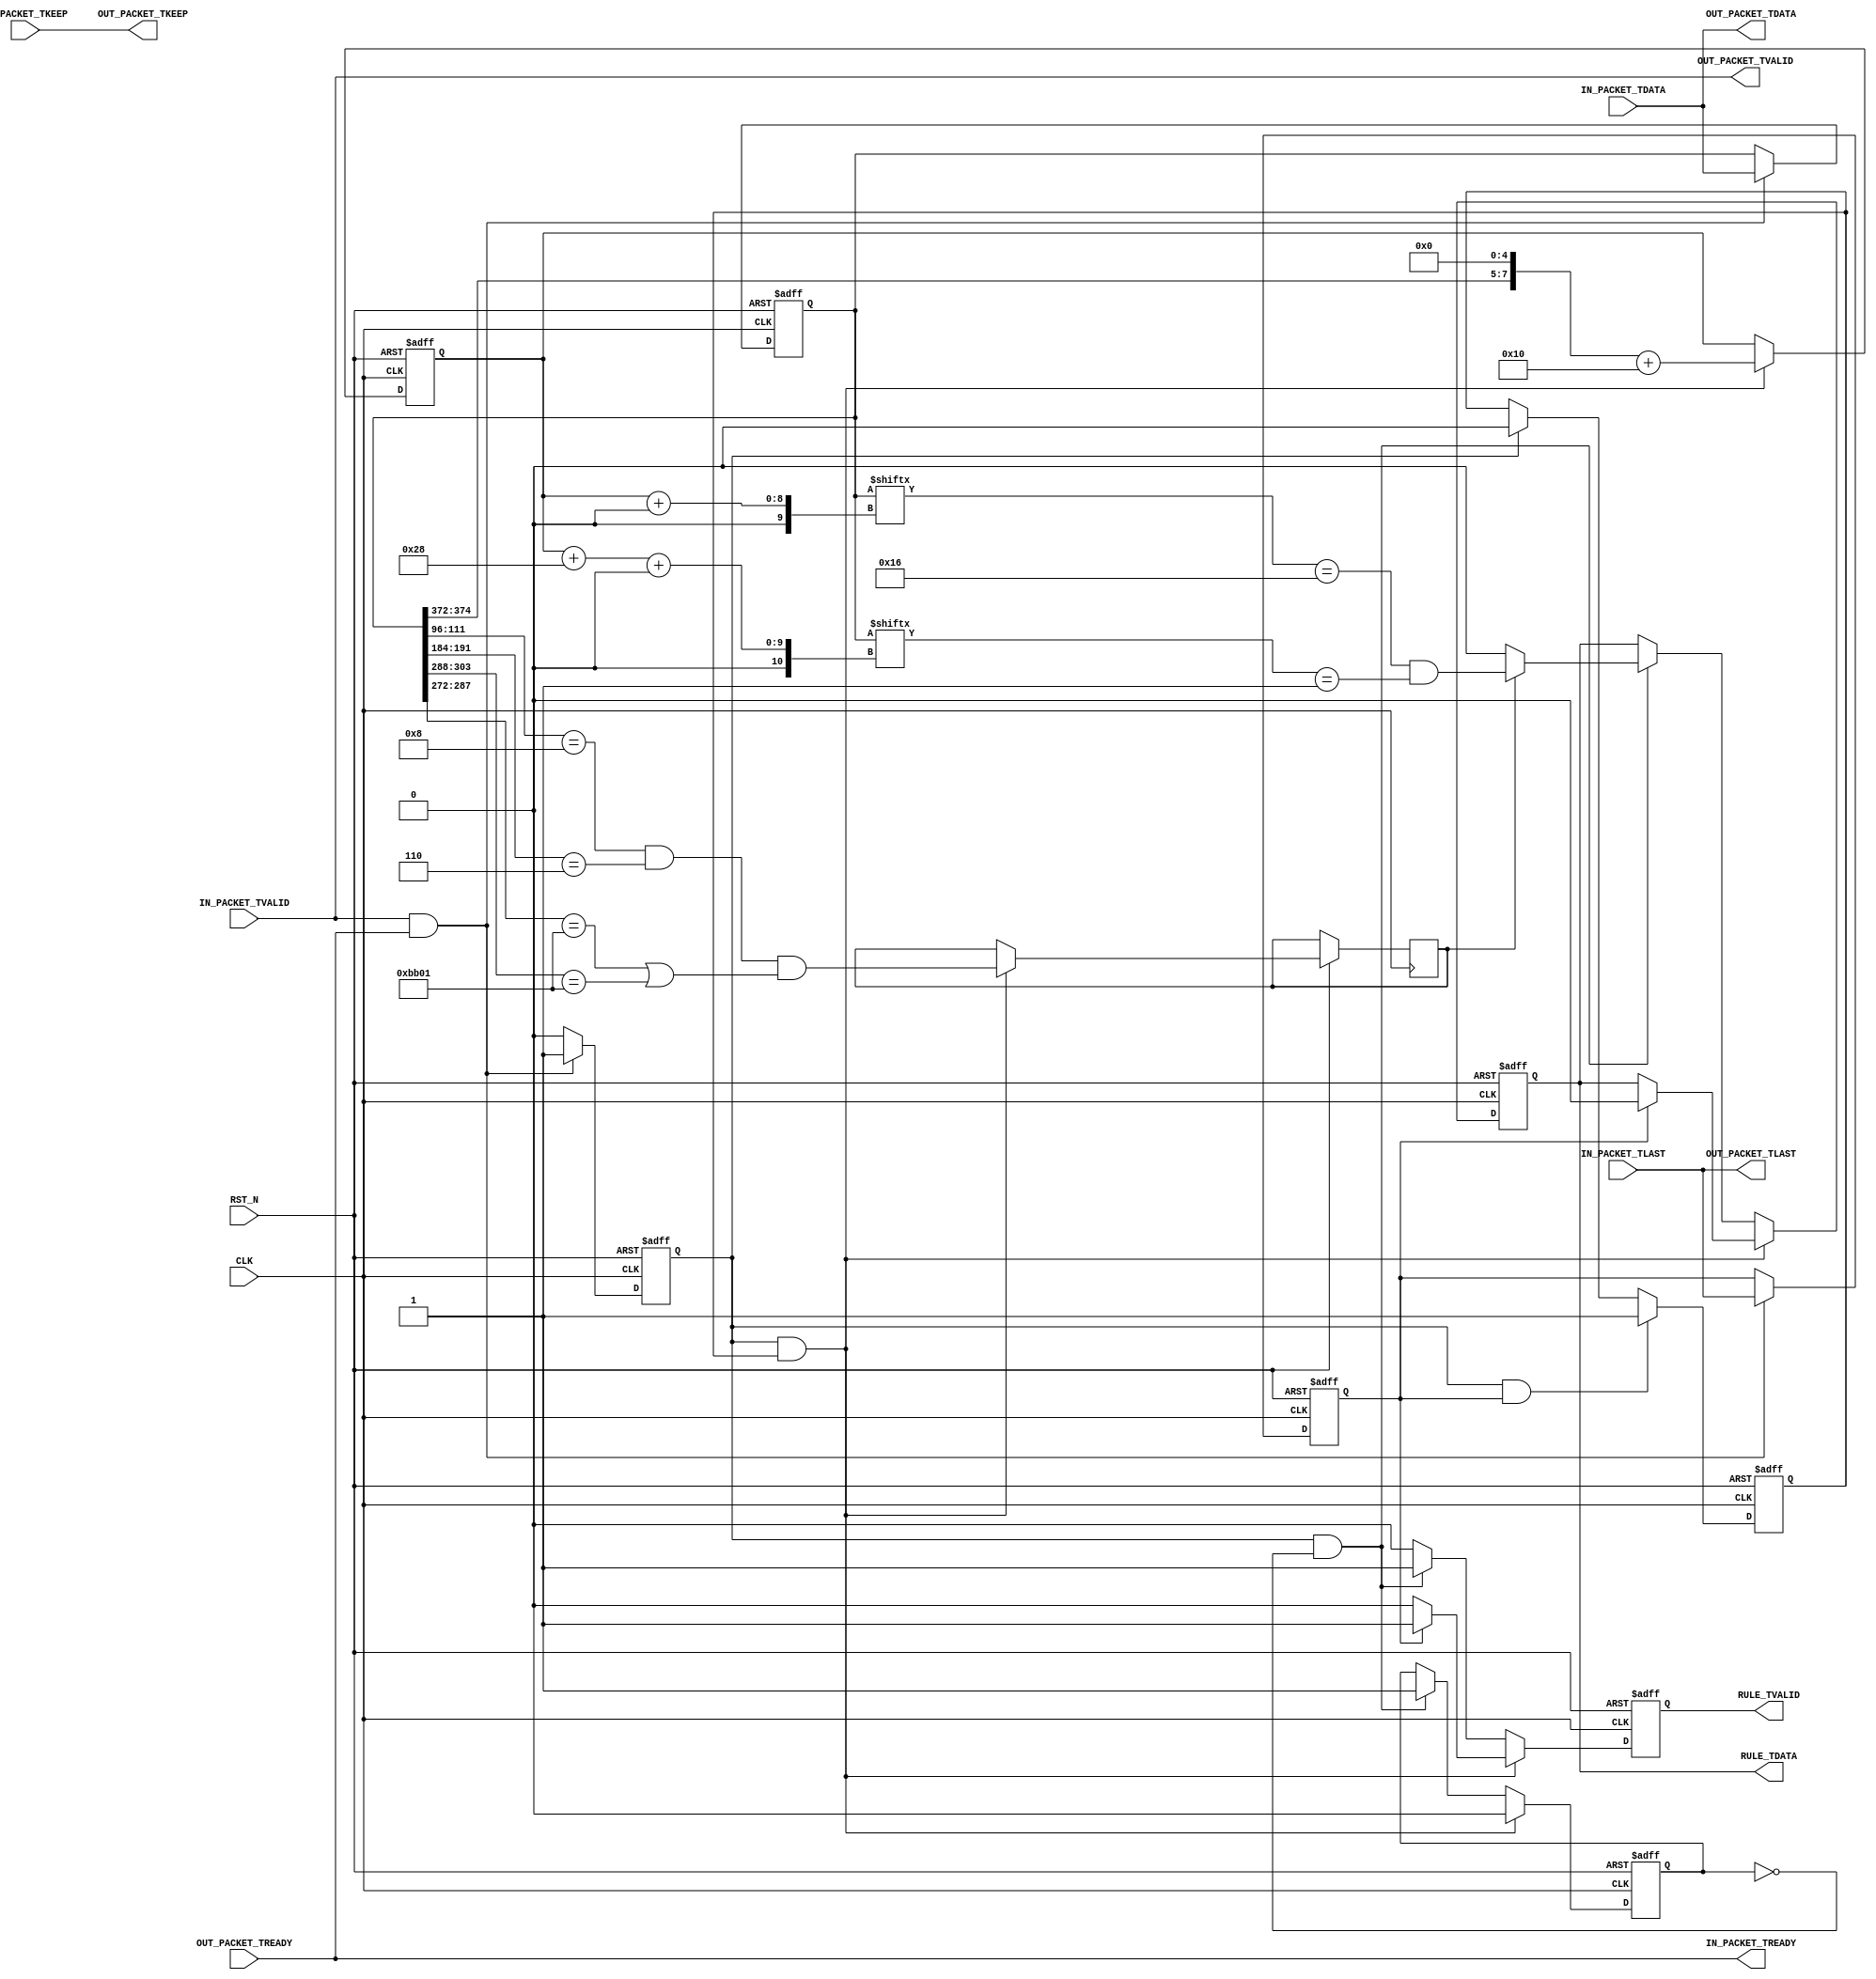
`timescale  1ns/1ns
`default_nettype wire

module parser_wrapper #(
  parameter C_BUS_DATA_WIDTH = 512                 ,
  parameter C_BUS_KEEP_WIDTH = (C_BUS_DATA_WIDTH/8)
) (
  input  wire                        CLK              ,
  input  wire                        RST_N            ,
  //Input AXI4-Stream interface
  input  wire [C_BUS_DATA_WIDTH-1:0] IN_PACKET_TDATA  ,
  output wire                        IN_PACKET_TREADY ,
  input  wire                        IN_PACKET_TVALID ,
  input  wire                        IN_PACKET_TLAST  ,
  input  wire [C_BUS_KEEP_WIDTH-1:0] IN_PACKET_TKEEP  ,
  //Output AXI4-Stream interface
  output wire [C_BUS_DATA_WIDTH-1:0] OUT_PACKET_TDATA ,
  input  wire                        OUT_PACKET_TREADY,
  output wire                        OUT_PACKET_TVALID,
  output wire                        OUT_PACKET_TLAST ,
  output wire [C_BUS_KEEP_WIDTH-1:0] OUT_PACKET_TKEEP ,
  output wire                        RULE_TDATA       ,
  output wire                        RULE_TVALID
);
  assign OUT_PACKET_TDATA  = IN_PACKET_TDATA;
  assign IN_PACKET_TREADY  = OUT_PACKET_TREADY;
  assign OUT_PACKET_TVALID = IN_PACKET_TVALID;
  assign OUT_PACKET_TLAST  = IN_PACKET_TLAST;
  assign OUT_PACKET_TKEEP  = IN_PACKET_TKEEP;

  reg [C_BUS_DATA_WIDTH-1:0] data ;
  reg                        valid;
  reg                        last ;
  always @(posedge CLK or negedge RST_N) begin : proc_reg_data
    if(~RST_N) begin
      data  <= 0;
      valid <= 0;
      last  <= 0;
    end else begin
      if(IN_PACKET_TVALID&IN_PACKET_TREADY) begin
        last  <= IN_PACKET_TLAST;
        data  <= IN_PACKET_TDATA;
        valid <= 1'b1;
      end else begin
        valid <= 1'b0;
      end
    end
  end

  reg new_pkt;
  always @(posedge CLK or negedge RST_N) begin : proc_new_pkt
    if(~RST_N) begin
      new_pkt <= 1'b1;
    end else begin
      if(valid&last) begin
        new_pkt <= 1'b1;
      end else if(valid) begin
        new_pkt <= 1'b0;
      end
    end
  end

  localparam LENGTH_ETHERNET = 14*8                       ;
  localparam LENGTH_IPV4     = 20*8                       ;
  localparam LENGTH_TCP      = 20*8                       ;
  localparam OFFSET_IP       = LENGTH_ETHERNET            ;
  localparam OFFSET_TCP_IPV4 = LENGTH_ETHERNET+LENGTH_IPV4;
  reg        rule                                         ;
  reg        candidate                                    ;
  reg        rule_asserted                                ;
  reg        rule_valid                                   ;
  wire       has_vlan                                     ;
  wire is_ipv4;
  assign is_ipv4 = data[96+:16]==16'h0008;
  wire is_tcp_ipv4;
  assign is_tcp_ipv4 = data[OFFSET_IP+72+:8]==8'h06;
  wire is_tcp_ipv4_port_443;
  assign is_tcp_ipv4_port_443 = data[OFFSET_TCP_IPV4+:16]==16'hbb01||data[OFFSET_TCP_IPV4+16+:16]==16'hbb01;
  wire [8:0] tcp_offset;
  assign tcp_offset = {data[OFFSET_TCP_IPV4+100+:4], 5'h0};
  reg [7:0] ssl_offset_r;
  wire [7:0] ssl_offset;
  assign ssl_offset  = tcp_offset+OFFSET_TCP_IPV4;
  wire is_content_type_22;
  assign is_content_type_22  = data[ssl_offset_r+:8]==8'd22;
  wire is_handshake_type_01;
  assign is_handshake_type_01  = data[ssl_offset_r+40+:8]==8'd01;

  assign RULE_TDATA  = rule;
  assign RULE_TVALID = rule_valid;
  always @(posedge CLK or negedge RST_N) begin : proc_rule
    if(~RST_N) begin
      rule       <= 0;
      rule_valid <= 0;
      rule_asserted <= 0;
      ssl_offset_r  <= 0;
    end else begin
      if(valid&new_pkt) begin
        candidate <= (is_ipv4 && is_tcp_ipv4 && is_tcp_ipv4_port_443);  
        ssl_offset_r <= ssl_offset;
        rule_asserted <= 1'b0;
        if(last) begin // Exception: packets of size equal or less than 64B
          rule <= 1'b0;
          rule_valid <= 1'b1;
        end else begin
          rule_valid <= 1'b0;
        end
      end else if(valid&!rule_asserted) begin
        if(candidate) begin
          rule <= is_content_type_22 & is_handshake_type_01;
        end else begin
          rule <= 1'b0;
        end
        rule_valid <= 1'b1;
        rule_asserted <= 1'b1;
      end else if(rule_valid) begin
        rule_valid <= 1'b0;
      end
    end
  end

endmodule